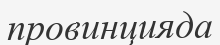
провинцияда